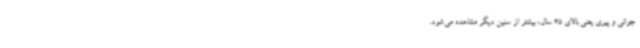
جوانی و پیری یعنی بالای 65 سال، بیشتر از سنین دیگر مشاهده می‌شود.